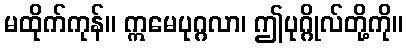
မထိုက်ကုန်။ ဣမေပုဂ္ဂလာ၊ ဤပုဂ္ဂိုလ်တို့ကို။